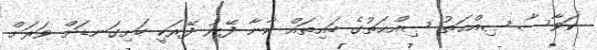
ކަވާސާ ޞިއްޙަތު ޞިއްޙަތުގެ ބައިތައް ކާނާ ފޭރު ފޭރަކީ ހަށިގަނޑަށް ވަރަށް